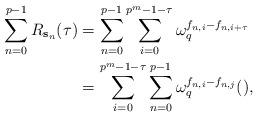
LaTeX: \begin{align*}\sum_{n=0}^{p-1} R_{\mathbf{s}_{n}}(\tau)& = \sum_{n=0}^{p-1}\sum_{i=0}^{p^m-1-\tau} \omega_{q}^{f_{n,i}-f_{n,i+\tau}}\\&=\sum_{i=0}^{p^m-1-\tau}\sum_{n=0}^{p-1} \omega_{q}^{f_{n,i}-f_{n,j}}(),\end{align*}